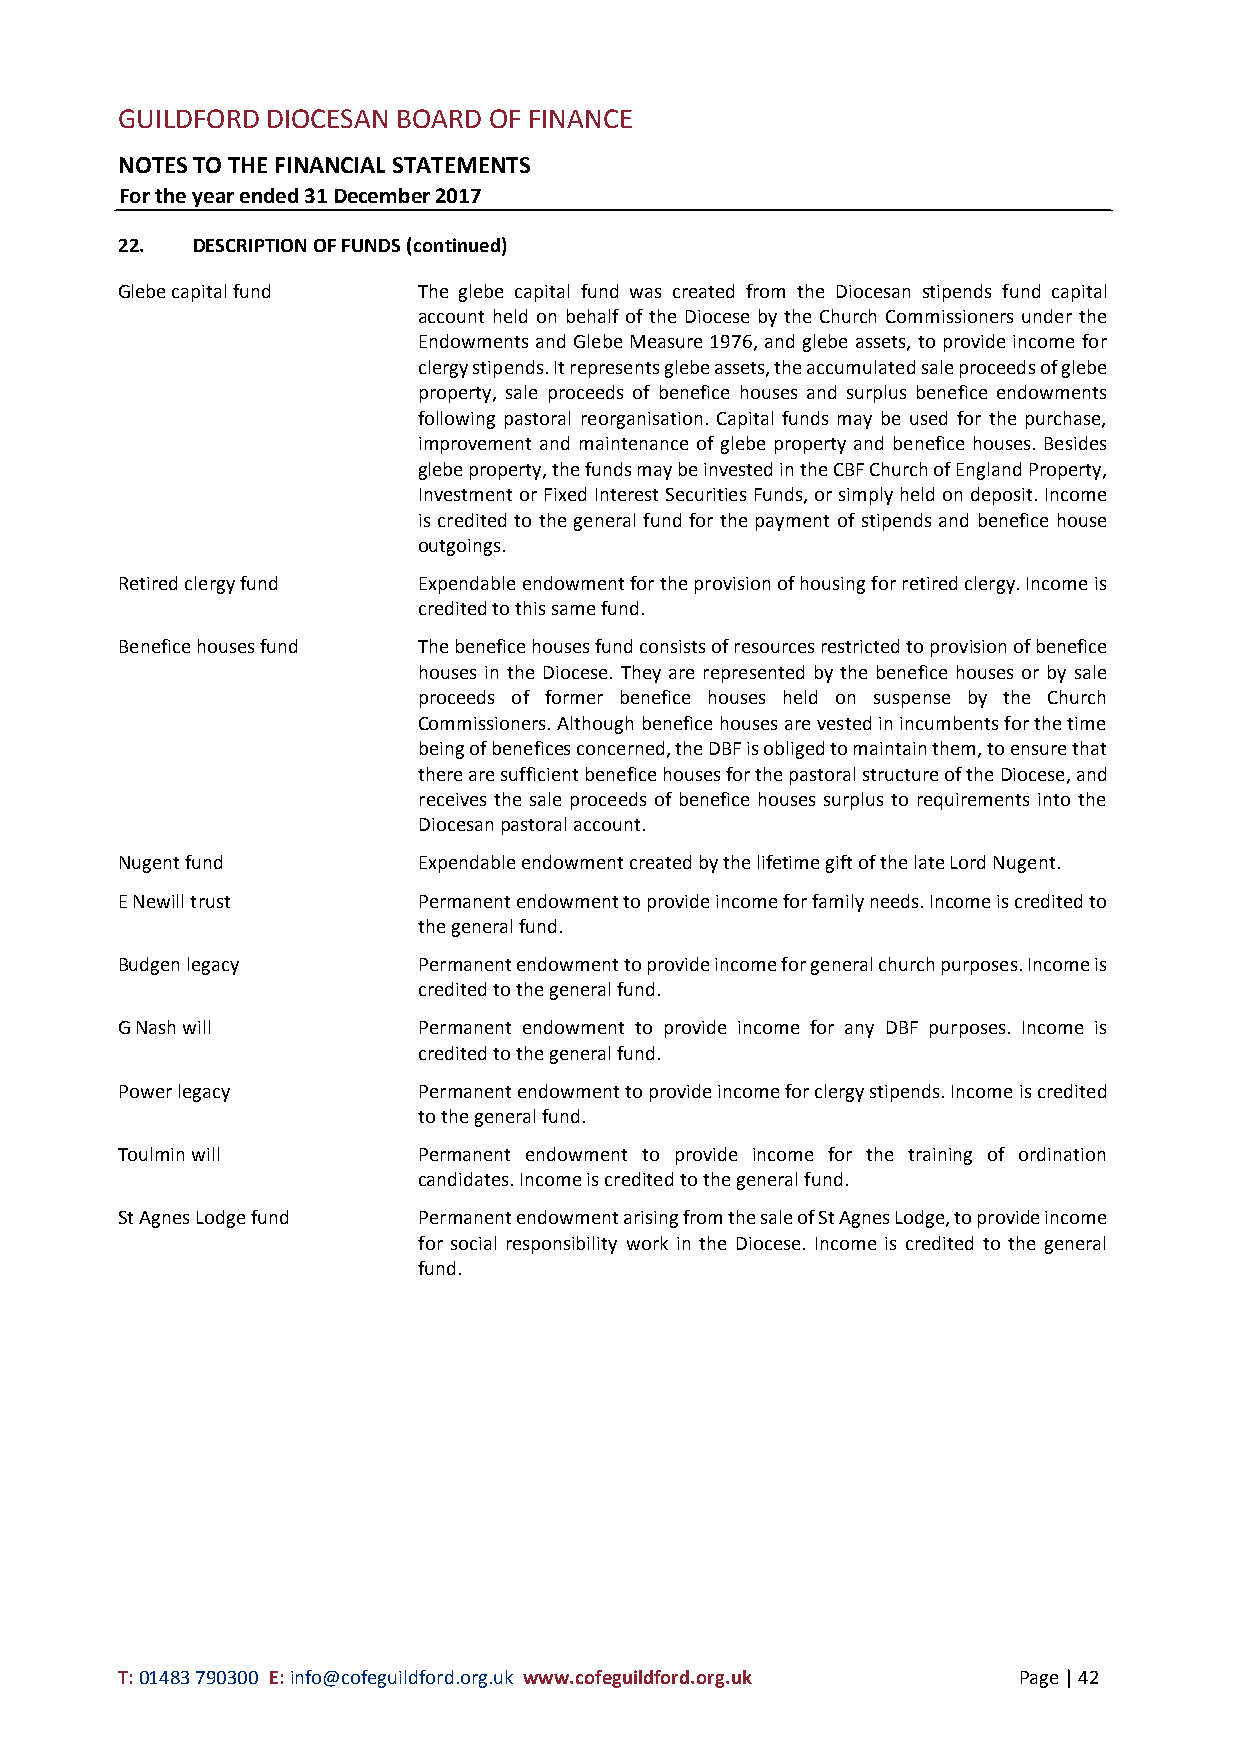
GUILDFORD DIOCESAN BOARD OF FINANCE
 NOTES TO THE FINANCIAL STATEMENTS
 For the year ended 31 December 2017
 22.  DESCRIPTION OF FUNDS (continued)
 Glebe capital fund  The glebe capital fund was created from the Diocesan stipends fund capital
 account held on behalf of the Diocese by the Church Commissioners under the
 Endowments and Glebe Measure 1976, and glebe assets, to provide income for
 clergy stipends. It represents glebe assets, the accumulated sale proceeds of glebe
 property, sale proceeds of benefice houses and surplus benefice endowments
 following pastoral reorganisation. Capital funds may be used for the purchase,
 improvement and maintenance of glebe property and benefice houses. Besides
 glebe property, the funds may be invested in the CBF Church of England Property,
 Investment or Fixed Interest Securities Funds, or simply held on deposit. Income
 is credited to the general fund for the payment of stipends and benefice house
 outgoings.
 Retired clergy fund Expendable endowment for the provision of housing for retired clergy. Income is
 credited to this same fund.
 Benefice houses fund The benefice houses fund consists of resources restricted to provision of benefice
 houses in the Diocese. They are represented by the benefice houses or by sale
 proceeds of former benefice houses held on suspense by the Church
 Commissioners. Although benefice houses are vested in incumbents for the time
 being of benefices concerned, the DBF is obliged to maintain them, to ensure that
 there are sufficient benefice houses for the pastoral structure of the Diocese, and
 receives the sale proceeds of benefice houses surplus to requirements into the
 Diocesan pastoral account.
 Nugent fund         Expendable endowment created by the lifetime gift of the late Lord Nugent.
 E Newill trust      Permanent endowment to provide income for family needs. Income is credited to
 the general fund.
 Budgen legacy       Permanent endowment to provide income for general church purposes. Income is
 credited to the general fund.
 G Nash will         Permanent endowment to provide income for any DBF purposes. Income is
 credited to the general fund.
 Power legacy        Permanent endowment to provide income for clergy stipends. Income is credited
 to the general fund.
 Toulmin will        Permanent endowment to provide income for the training of ordination
 candidates. Income is credited to the general fund.
 St Agnes Lodge fund Permanent endowment arising from the sale of St Agnes Lodge, to provide income
 for social responsibility work in the Diocese. Income is credited to the general
 fund.
 T: 01483 790300 E: info@cofeguildford.org.uk www.cofeguildford.org.uk Page | 42